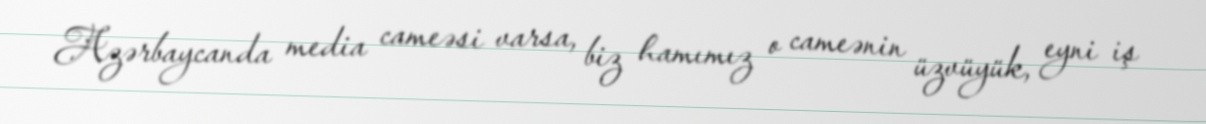
Azərbaycanda media cameəsi varsa, biz hamımız o cameənin üzvüyük, eyni iş